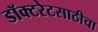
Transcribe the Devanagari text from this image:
डॉक्टरेटसाठीचा